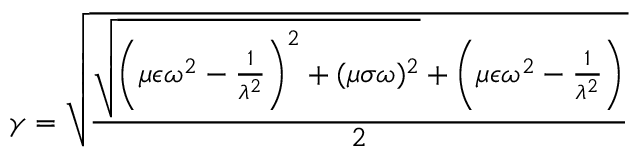
\gamma = \sqrt { \frac { \sqrt { \bigg ( \mu \epsilon \omega ^ { 2 } - \frac { 1 } { \lambda ^ { 2 } } \bigg ) ^ { 2 } + ( \mu \sigma \omega ) ^ { 2 } } + \bigg ( \mu \epsilon \omega ^ { 2 } - \frac { 1 } { \lambda ^ { 2 } } \bigg ) } { 2 } }